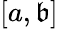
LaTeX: [a,\mathfrak{b}]